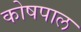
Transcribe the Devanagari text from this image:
कोषपाल